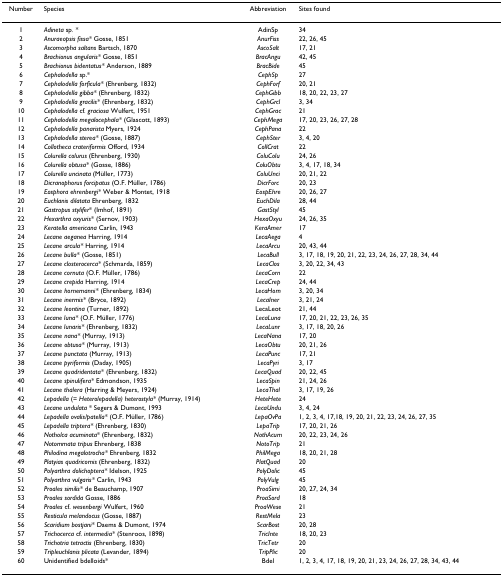
<table><thead><tr><td><b>Number</b></td><td><b>Species</b></td><td><b>Abbreviation</b></td><td><b>Sites found</b></td></tr></thead><tbody><tr><td>1</td><td><i>Adineta </i>sp<i>. *</i></td><td>AdinSp</td><td>34</td></tr><tr><td>2</td><td><i>Anuraeopsis fissa* </i>Gosse, 1851</td><td><i>AnurFiss</i></td><td>22, 26, 45</td></tr><tr><td>3</td><td><i>Ascomorpha saltans </i>Bartsch, 1870</td><td><i>AscoSalt</i></td><td>17, 21</td></tr><tr><td>4</td><td><i>Brachionus angularis* </i>Gosse, 1851</td><td><i>BracAngu</i></td><td>42, 45</td></tr><tr><td>5</td><td><i>Brachionus bidentatus* </i>Anderson, 1889</td><td><i>BracBide</i></td><td>45</td></tr><tr><td>6</td><td><i>Cephalodella </i>sp.*</td><td><i>CephSp</i></td><td>27</td></tr><tr><td>7</td><td><i>Cephalodella forficula* </i>(Ehrenberg, 1832)</td><td><i>CephForf</i></td><td>20, 21</td></tr><tr><td>8</td><td><i>Cephalodella gibba* </i>(Ehrenberg, 1832)</td><td><i>CephGibb</i></td><td>18, 20, 22, 23, 27</td></tr><tr><td>9</td><td><i>Cephalodella gracilis* </i>(Ehrenberg, 1832)</td><td><i>CephGrcl</i></td><td>3, 34</td></tr><tr><td>10</td><td><i>Cephalodella </i>cf<i>. graciosa </i>Wulfert, 1951</td><td><i>CephGrac</i></td><td>21</td></tr><tr><td>11</td><td><i>Cephalodella megalocephala* </i>(Glascott, 1893)</td><td><i>CephMega</i></td><td>17, 20, 23, 26, 27, 28</td></tr><tr><td>12</td><td><i>Cephalodella panarista </i>Myers, 1924</td><td><i>CephPana</i></td><td>22</td></tr><tr><td>13</td><td><i>Cephalodella sterea* </i>(Gosse, 1887)</td><td><i>CephSter</i></td><td>3, 4, 20</td></tr><tr><td>14</td><td><i>Collotheca crateriformis </i>Offord, 1934</td><td><i>CollCrat</i></td><td>22</td></tr><tr><td>15</td><td><i>Colurella colurus </i>(Ehrenberg, 1930)</td><td><i>ColuColu</i></td><td>24, 26</td></tr><tr><td>16</td><td><i>Colurella obtusa* </i>(Gosse, 1886)</td><td><i>ColuObtu</i></td><td>3, 4, 17, 18, 34</td></tr><tr><td>17</td><td><i>Colurella uncinata </i>(Müller, 1773)</td><td><i>ColuUnci</i></td><td>20, 21, 22</td></tr><tr><td>18</td><td><i>Dicranophorus forcipatus </i>(O.F. Müller, 1786)</td><td><i>DicrForc</i></td><td>20, 23</td></tr><tr><td>19</td><td><i>Eosphora ehrenbergi* </i>Weber &amp; Montet, 1918</td><td><i>EospEhre</i></td><td>20, 26, 27</td></tr><tr><td>20</td><td><i>Euchlanis dilatata </i>Ehrenberg, 1832</td><td><i>EuchDila</i></td><td>28, 44</td></tr><tr><td>21</td><td><i>Gastropus stylifer</i>* (Imhof, 1891)</td><td><i>GastStyl</i></td><td>45</td></tr><tr><td>22</td><td><i>Hexarthra oxyuris* </i>(Sernov, 1903)</td><td><i>HexaOxyu</i></td><td>24, 26, 35</td></tr><tr><td>23</td><td><i>Keratella americana </i>Carlin, 1943</td><td><i>KeraAmer</i></td><td>17</td></tr><tr><td>24</td><td><i>Lecane aeganea </i>Harring, 1914</td><td><i>LecaAega</i></td><td>4</td></tr><tr><td>25</td><td><i>Lecane arcula* </i>Harring, 1914</td><td><i>LecaArcu</i></td><td>20, 43, 44</td></tr><tr><td>26</td><td><i>Lecane bulla* </i>(Gosse, 1851)</td><td><i>LecaBull</i></td><td>3, 17, 18, 19, 20, 21, 22, 23, 24, 26, 27, 28, 34, 44</td></tr><tr><td>27</td><td><i>Lecane closterocerca* </i>(Schmarda, 1859)</td><td><i>LecaClos</i></td><td>3, 20, 22, 34, 43</td></tr><tr><td>28</td><td><i>Lecane cornuta </i>(O.F. Müller, 1786)</td><td><i>LecaCorn</i></td><td>22</td></tr><tr><td>29</td><td><i>Lecane crepida </i>Harring, 1914</td><td><i>LecaCrep</i></td><td>24, 44</td></tr><tr><td>30</td><td><i>Lecane hornemanni* </i>(Ehrenberg, 1834)</td><td><i>LecaHorn</i></td><td>3, 20, 34</td></tr><tr><td>31</td><td><i>Lecane inermis* </i>(Bryce, 1892)</td><td><i>LecaIner</i></td><td>3, 21, 24</td></tr><tr><td>32</td><td><i>Lecane leontina</i> (Turner, 1892)</td><td>LecaLeot</td><td>21, 44</td></tr><tr><td>33</td><td><i>Lecane luna* </i>(O.F. Müller, 1776)</td><td><i>LecaLuna</i></td><td>17, 20, 21, 22, 23, 26, 35</td></tr><tr><td>34</td><td><i>Lecane lunaris* </i>(Ehrenberg, 1832)</td><td><i>LecaLunr</i></td><td>3, 17, 18, 20, 26</td></tr><tr><td>35</td><td><i>Lecane nana* </i>(Murray, 1913)</td><td><i>LecaNana</i></td><td>17, 20</td></tr><tr><td>36</td><td><i>Lecane obtusa* </i>(Murray, 1913)</td><td><i>LecaObtu</i></td><td>20, 21, 26</td></tr><tr><td>37</td><td><i>Lecane punctata </i>(Murray, 1913)</td><td><i>LecaPunc</i></td><td>17, 21</td></tr><tr><td>38</td><td><i>Lecane pyriformis </i>(Daday, 1905)</td><td><i>LecaPyri</i></td><td>3, 17</td></tr><tr><td>39</td><td><i>Lecane quadridentata* </i>(Ehrenberg, 1832)</td><td><i>LecaQuad</i></td><td>20, 22, 45</td></tr><tr><td>40</td><td><i>Lecane spinulifera* </i>Edmondson, 1935</td><td><i>LecaSpin</i></td><td>21, 24, 26</td></tr><tr><td>41</td><td><i>Lecane thalera </i>(Harring &amp; Meyers, 1924)</td><td><i>LecaThal</i></td><td>3, 17, 19, 26</td></tr><tr><td>42</td><td><i>Lepadella </i>(= <i>Heterolepadella) heterostyla* </i>(Murray, 1914)</td><td><i>HeteHete</i></td><td>24</td></tr><tr><td>43</td><td><i>Lecane undulata </i>* Segers &amp; Dumont, 1993</td><td><i>LecaUndu</i></td><td>3, 4, 24</td></tr><tr><td>44</td><td><i>Lepadella ovalis/patella* </i>(O.F. Müller, 1786)</td><td><i>LepaOvPa</i></td><td>1, 2, 3, 4, 17,18, 19, 20, 21, 22, 23, 24, 26, 27, 35</td></tr><tr><td>45</td><td><i>Lepadella triptera* </i>(Ehrenberg, 1830)</td><td><i>LepaTrip</i></td><td>17, 20, 21, 26</td></tr><tr><td>46</td><td><i>Notholca acuminata</i>* (Ehrenberg, 1832)</td><td><i>NothAcum</i></td><td>20, 22, 23, 24, 26</td></tr><tr><td>47</td><td><i>Notommata tripus </i>Ehrenberg, 1838</td><td><i>NotoTrip</i></td><td>21</td></tr><tr><td>48</td><td><i>Philodina megalotrocha* </i>Ehrenberg, 1832</td><td><i>PhilMega</i></td><td>18, 20, 21, 28</td></tr><tr><td>49</td><td><i>Platyias quadricornis </i>(Ehrenberg, 1832)</td><td><i>PlatQuad</i></td><td>20</td></tr><tr><td>50</td><td><i>Polyarthra dolichoptera* </i>Idelson, 1925</td><td><i>PolyDolic</i></td><td>45</td></tr><tr><td>51</td><td><i>Polyarthra vulgaris* </i>Carlin, 1943</td><td><i>PolyVulg</i></td><td>45</td></tr><tr><td>52</td><td><i>Proales similis* </i>de Beauchamp, 1907</td><td><i>ProaSimi</i></td><td>20, 27, 24, 34</td></tr><tr><td>53</td><td><i>Proales sordida </i>Gosse, 1886</td><td><i>ProaSord</i></td><td>18</td></tr><tr><td>54</td><td><i>Proales </i>cf. <i>wesenbergi </i>Wulfert, 1960</td><td><i>ProaWese</i></td><td>21</td></tr><tr><td>55</td><td><i>Resticula melandocus </i>(Gosse, 1887)</td><td><i>RestMela</i></td><td>23</td></tr><tr><td>56</td><td><i>Scaridium bostjani* </i>Daems &amp; Dumont, 1974</td><td><i>ScarBost</i></td><td>20, 28</td></tr><tr><td>57</td><td><i>Trichocerca </i>cf<i>. intermedia* </i>(Stenroos, 1898)</td><td><i>TricInte</i></td><td>18, 20, 23</td></tr><tr><td>58</td><td><i>Trichotria tetractis </i>(Ehrenberg, 1830)</td><td><i>TricTetr</i></td><td>20</td></tr><tr><td>59</td><td><i>Tripleuchlanis plicata </i>(Levander, 1894)</td><td><i>TripPlic</i></td><td>20</td></tr><tr><td>60</td><td>Unidentified bdelloids*</td><td>Bdel</td><td>1, 2, 3, 4, 17, 18, 19, 20, 21, 23, 24, 26, 27, 28, 34, 43, 44</td></tr></tbody></table>